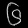
Digit: ၆